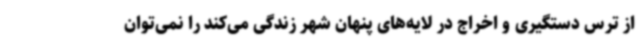
از ترس دستگیری و اخراج در لایه‌های پنهان شهر زندگی می‌کند را نمی‌توان